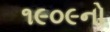
૧૯૦૯નો